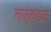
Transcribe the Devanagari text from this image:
वळूबद्दल